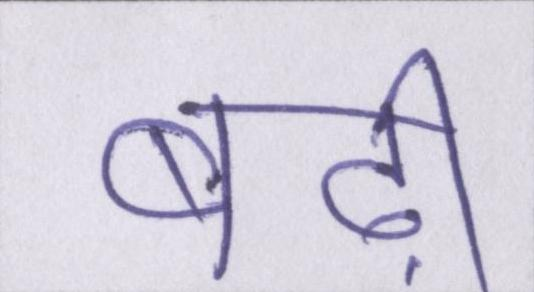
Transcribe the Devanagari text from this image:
बढ़ी